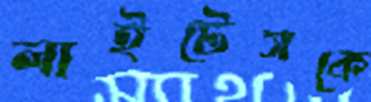
লাইটেসকে